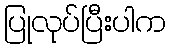
ပြုလုပ်ပြီးပါက